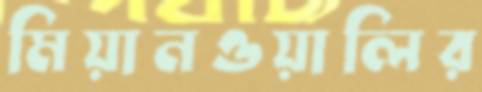
মিয়ানওয়ালির